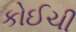
કોઈચી